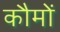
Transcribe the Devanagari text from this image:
कौमों